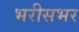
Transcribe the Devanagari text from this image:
भरीसभर